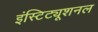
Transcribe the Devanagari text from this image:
इंस्टिट्यूशनल